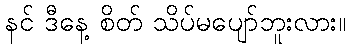
နင် ဒီနေ့ စိတ် သိပ်မပျော်ဘူးလား။